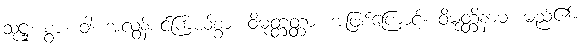
သုဋ္ဌု၊ စွာ။ ဝါ၊ အလွန်စင်ကြယ်စွာ။ ဝိမုတ္တတ္တာ၊ အဖြစ်ကြောင့်။ ဝိမုတ္တိနာမ၊ မည်၏။